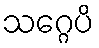
သဂ္ဂေပိ